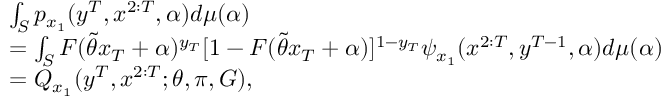
\begin{array} { r l } & { \int _ { { \cal { S } } } p _ { x _ { 1 } } ( y ^ { T } , x ^ { 2 : T } , \alpha ) d \mu ( \alpha ) } \\ & { = \int _ { { \cal { S } } } F ( \widetilde { \theta } x _ { T } + \alpha ) ^ { y _ { T } } [ 1 - F ( \widetilde { \theta } x _ { T } + \alpha ) ] ^ { 1 - y _ { T } } \psi _ { x _ { 1 } } ( x ^ { 2 : T } , y ^ { T - 1 } , \alpha ) d \mu ( \alpha ) } \\ & { = Q _ { x _ { 1 } } ( y ^ { T } , x ^ { 2 : T } ; \theta , \pi , G ) , } \end{array}